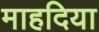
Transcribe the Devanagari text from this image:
माहदिया